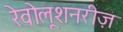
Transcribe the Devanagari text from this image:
रेवोलूशनरीज़